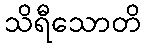
သိရီသောတိ